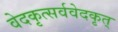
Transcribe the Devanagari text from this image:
वेदकृत्सर्ववेदकृत्